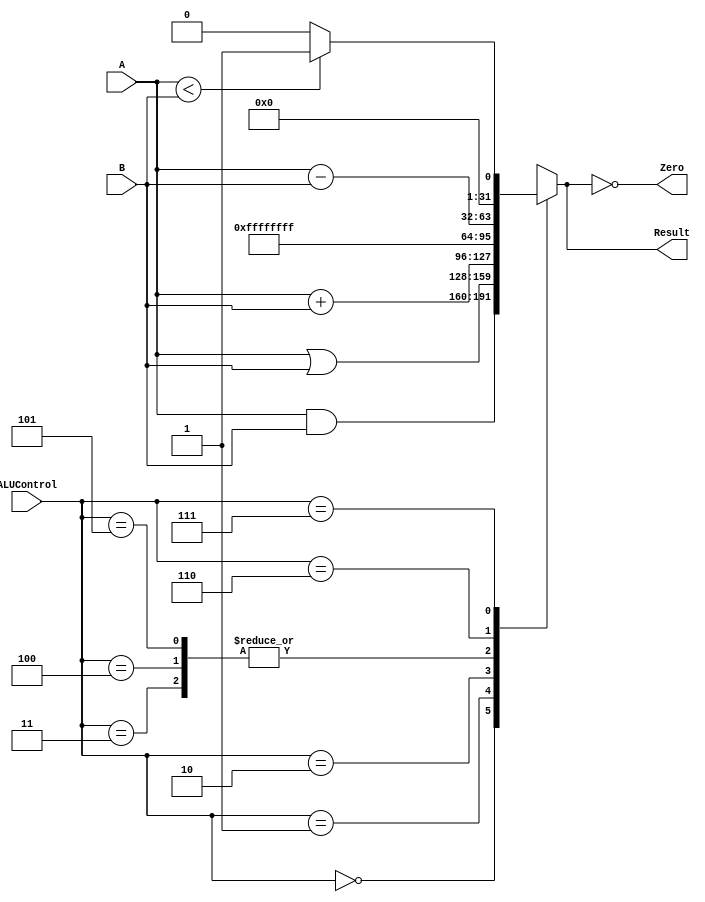
`timescale 1ns / 1ps
//////////////////////////////////////////////////////////////////////////////////
// Company: 
// Engineer: 
// 
// Design Name: 
// Module Name:    mipsparts 
// Project Name: 
// Target Devices: 
// Tool versions: 
// Description: 
//
// Dependencies: 
//
// Revision: 
// Revision 0.01 - File Created
// Additional Comments: 
//
//////////////////////////////////////////////////////////////////////////////////
//------------------------------------------------
// mipsparts.v
// Components used in MIPS processor
//------------------------------------------------

module alu(input      [31:0] A, B, 
           input      [2:0]  ALUControl, 
           output reg [31:0] Result,
           output            Zero);	
			  always @ (A or B or ALUControl)
		case(ALUControl)
		  3'b000: Result = A & B; // AND
		  3'b001: Result = A | B; // OR
		  3'b010: Result = A + B; // ADD
		  3'b011: Result = 32'b11111111111111111111111111111111; //invalid
		  3'b100: Result = 32'b11111111111111111111111111111111; //invalid
		  3'b101: Result = 32'b11111111111111111111111111111111; //invalid
		  3'b110: Result = A - B; // SUB
		  3'b111: Result = (A < B)? 1:0; // SLT - set if less than
		 default: Result = {4{1'b1}}; //undefined ALU operation
		endcase

		assign Zero = Result == 32'b0000000000000000000000000000;
		endmodule

module regfile(input         clk, 
               input         we3, 
               input  [4:0]  ra1, ra2, wa3, 
               input  [31:0] wd3, 
               output [31:0] rd1, rd2);

  reg [31:0] rf[31:0];

  // three-ported register file
  // read two ports combinationally
  // write third port on rising edge of clock
  // register 0 hardwired to 0

  always @(posedge clk)
    if (we3) rf[wa3] <= wd3;	

  assign rd1 = (ra1 != 0) ? rf[ra1] : 0;
  assign rd2 = (ra2 != 0) ? rf[ra2] : 0;
endmodule

module adder(input [31:0] a, b,
             output [31:0] y);

  assign y = a + b;
endmodule

module sl2(input  [31:0] a,
           output [31:0] y);

  // shift left by 2
  assign y = {a[29:0], 2'b00};
endmodule

module signext(input  [15:0] a,
               output [31:0] y);
              
  assign y = {{16{a[15]}}, a};
endmodule

module flopr #(parameter WIDTH = 8)
              (input                  clk, reset,
               input      [WIDTH-1:0] d, 
               output reg [WIDTH-1:0] q);

  always @(posedge clk, posedge reset)
    if (reset) q <= 0;
    else       q <= d;
endmodule

module flopenr #(parameter WIDTH = 8)
                (input                  clk, reset,
                 input                  en,
                 input      [WIDTH-1:0] d, 
                 output reg [WIDTH-1:0] q);
 
  always @(posedge clk, posedge reset)
    if      (reset) q <= 0;
    else if (en)    q <= d;
endmodule

module mux2 #(parameter WIDTH = 8)
             (input  [WIDTH-1:0] d0, d1, 
              input              s, 
              output [WIDTH-1:0] y);

  assign y = s ? d1 : d0; 
endmodule